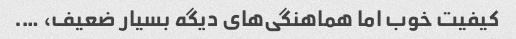
کیفیت خوب اما هماهنگی‌های دیگه بسیار ضعیف، ….